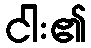
ငါး၏